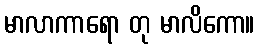
မာလာကာရော တု မာလိကော။